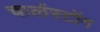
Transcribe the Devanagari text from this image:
चार्लस्टॉन